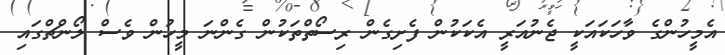
އެމީހުންގެ ވާހަކައަކީ ޖެނުއަރީ އެކަކުން ފެށިގެން ރިސޯތްތަކުން ގެންނަ މީހުން ވެސް ލޯންޗްގައި